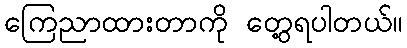
ကြေညာထားတာကို တွေ့ရပါတယ်။